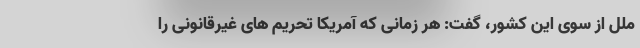
ملل از سوی این کشور، گفت: هر زمانی که آمریکا تحریم های غیرقانونی را